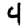
Digit: 4